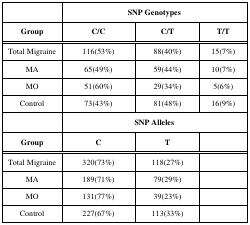
|  | <COLSPAN=3> SNP Genotypes |
 | Group | C/C | C/T | T/T |
 | --- | --- | --- | --- |
 | Total Migraine | 116(53%) | 88(40%) | 15(7%) |
 | MA | 65(49%) | 59(44%) | 10(7%) |
 | MO | 51(60%) | 29(34%) | 5(6%) |
 | Control | 73(43%) | 81(48%) | 16(9%) |
 |  | <COLSPAN=3> SNP Alleles |
 | Group | C | T |  |
 | Total Migraine | 320(73%) | 118(27%) |  |
 | MA | 189(71%) | 79(29%) |  |
 | MO | 131(77%) | 39(23%) |  |
 | Control | 227(67%) | 113(33%) |  |